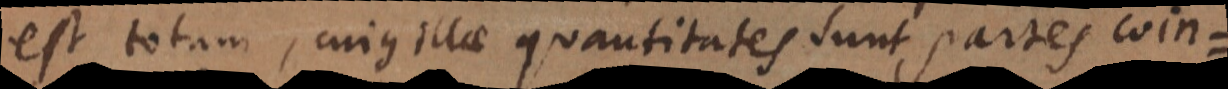
est totum, cujus illae quantitates sunt partes